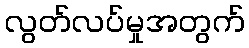
လွတ်လပ်မှုအတွက်